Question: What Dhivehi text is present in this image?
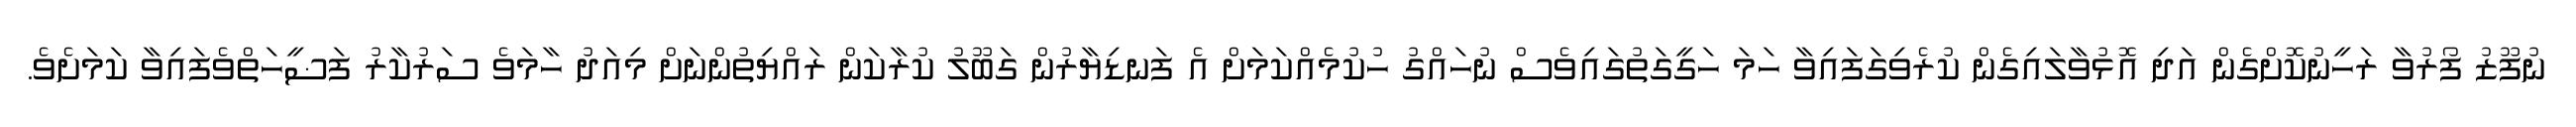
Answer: ނުފޫޒު ފޯރުވާ ރަހީނުކޮށްގެން އަދި އޮޅުވާލައިގެން ކުރެވިގަފައިވާ ހަމަ ހަގީގަތުގައިވެސް ނުހައްގު ހުކުމެއްކަމަށް އެ ފަނޑިޔާރުން ގަބޫލު ކުރާކަން ރައްޔިތުންނަށް މިއަދު ހާމަވެ ސަރުކާރު ފަޟީހަތްވެފައިވާ ކަމަށެވެ.